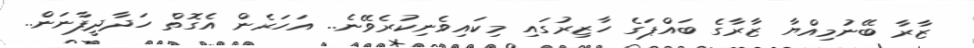
ޒާރާ ބޭނުމިއްޔާ ޒާރާގެ ބައްޕަގެ ހާޒިރުގައި މިކައިވެނިކުރެވޭނެ.. އަހަރެން އެގޮތް ހަދާދީފާނަން..